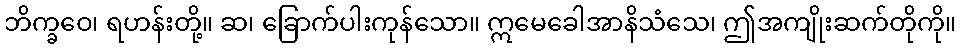
ဘိက္ခဝေ၊ ရဟန်းတို့။ ဆ၊ ခြောက်ပါးကုန်သော။ ဣမေခေါအာနိသံသေ၊ ဤအကျိုးဆက်တိုကို။